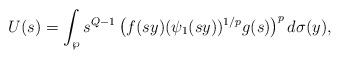
LaTeX: \begin{align*}U(s)=\int_{\wp}s^{Q-1}\left(f(sy)(\psi_{1}(sy))^{1/p}g(s)\right)^{p}d\sigma(y),\end{align*}